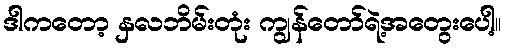
ဒါကတော့ နှလဘိမ်းတုံး ကျွန်တော်ရဲ့အတွေးပေါ့။